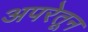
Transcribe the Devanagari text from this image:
अपरेतून